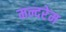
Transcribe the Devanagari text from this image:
मन्दरेम